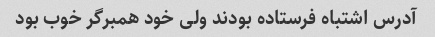
آدرس اشتباه فرستاده بودند ولی خود همبرگر خوب بود